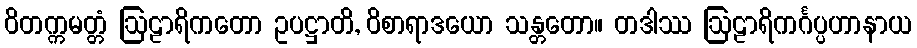
ဝိတက္ကမတ္တံ ဩဠာရိကတော ဥပဋ္ဌာတိ, ဝိစာရာဒယော သန္တတော။ တဒါဿ ဩဠာရိကင်္ဂပ္ပဟာနာယ